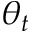
\theta _ { t }